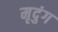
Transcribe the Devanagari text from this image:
मृदुंग